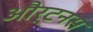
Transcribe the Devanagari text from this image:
और्टनस